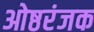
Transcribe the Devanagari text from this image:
ओष्ठरंजक